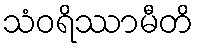
သံဝရိဿာမီတိ